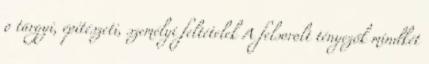
o tárgyi, építészeti, személyi feltételek A felsorolt tényezők mindkét